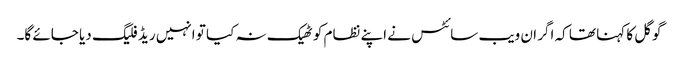
گوگل کا کہنا تھا کہ اگر ان ویب سائٹس نے اپنے نظام کو ٹھیک نہ کیا تو انہیں ریڈ فلیگ دیا جائے گا۔